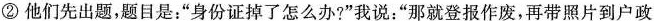
②他们先出题，题目是：”身份证掉了怎么办?”我说：”那就登报作废，再带照片到户政